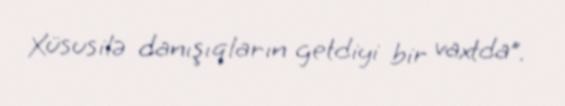
Xüsusilə danışıqların getdiyi bir vaxtda”.